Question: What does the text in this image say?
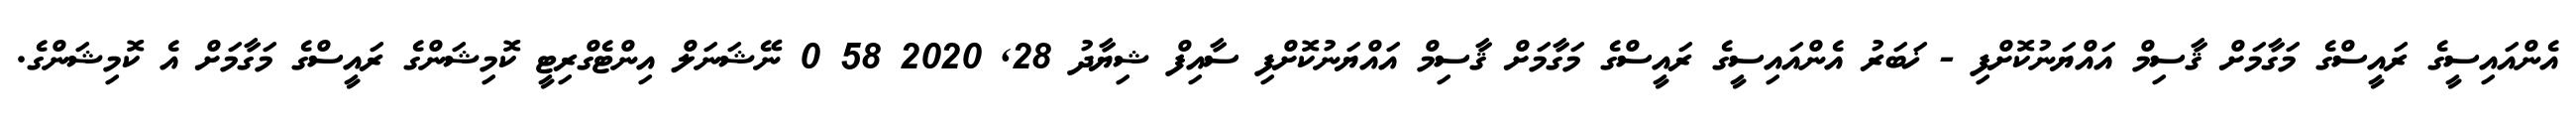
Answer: އެންއައިސީގެ ރައީސްގެ މަގާމަށް ޤާސިމް އައްޔަނުކޮށްފި - ޚަބަރު އެންއައިސީގެ ރައީސްގެ މަގާމަށް ޤާސިމް އައްޔަނުކޮށްފި ސާއިފް ޝިޔާދު 28, 2020 58 0 ނޭޝަނަލް އިންޓެގްރިޓީ ކޮމިޝަންގެ ރައީސްގެ މަގާމަށް އެ ކޮމިޝަންގެ.